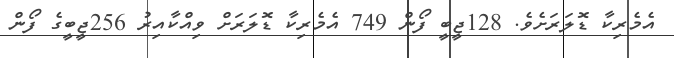
އެމެރިކާ ޑޮލަރަށެވެ. 128ޖީބީ ފޯން 749 އެމެރިކާ ޑޮލަރަށް ވިއްކާއިރު 256ޖީބީގެ ފޯން